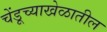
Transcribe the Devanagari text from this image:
चेंडूच्याखेळातील